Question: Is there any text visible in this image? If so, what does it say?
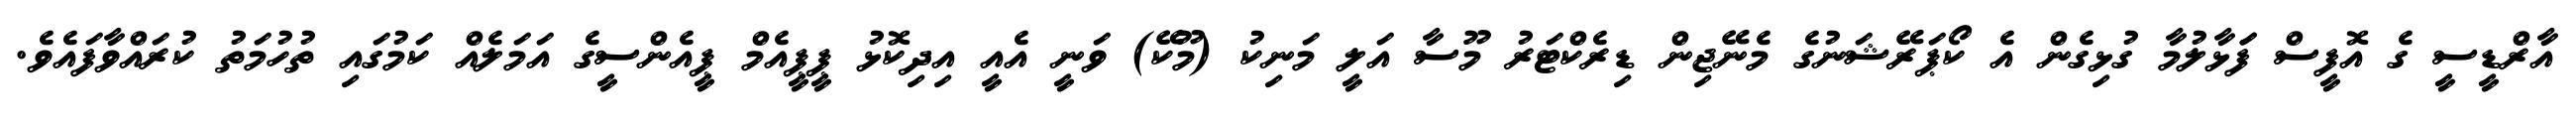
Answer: އާރްޑީސީ ގެ އޮފީސް ފަަޅާލުމާ ގުޅިގެން އެ ކޯޕަރޭޝަނުގެ މެނޭޖިން ޑިރެކްޓަރު މޫސާ އަލީ މަނިކު (މޫކޭ) ވަނީ އެއީ އިދިކޮޅު ޕީޕީއެމް ޕީއެންސީގެ އަމަލެއް ކަމުގައި ތުހުމަތު ކުރައްވާފައެވެ.